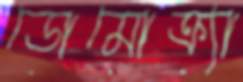
ডোমোক্র্যা